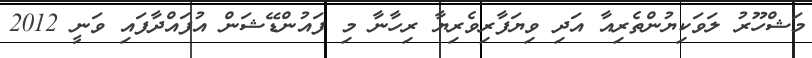
މަޝްހޫރު ލަވަކިޔުންތެރިއާ އަދި ވިޔަފާރިވެރިޔާ ރިހާނާ މި ފައުންޑޭޝަން އުފައްދާފައި ވަނީ 2012